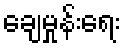
ချေမှုန်းရေး